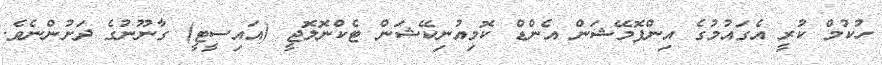
ހުކުމް ކުރީ އެގައުމުގެ އިންފޮމޭޝަން އެންޑް ކޮމިއުނިކޭޝަން ޓެކްނޮލޮޖީ (އައިސީޓީ) ގާނޫނުގެ ދަށުންނެވެ.